Indian journal of veterinary science and animal husbandry - Volume 13,
Year: 1943
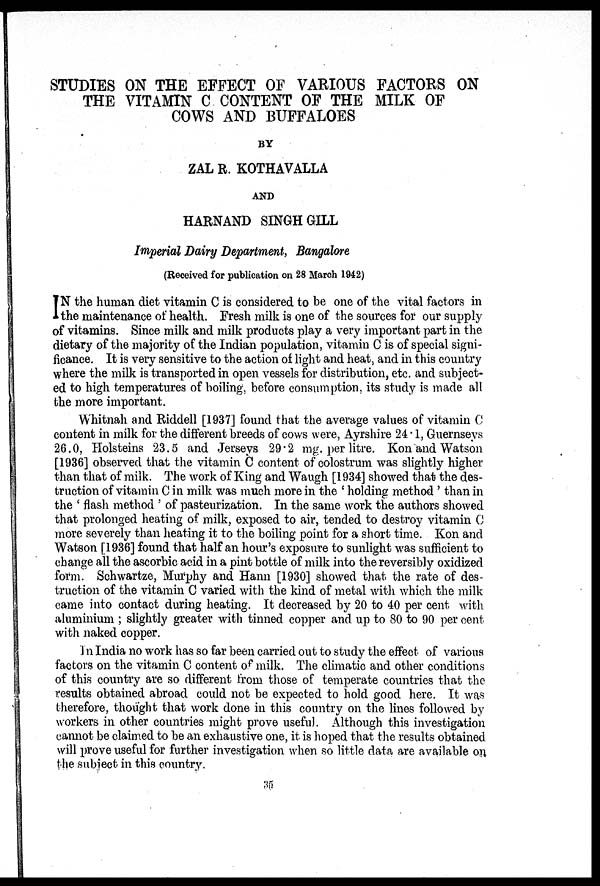
STUDIES ON THE EFFECT OF VARIOUS FACTORS ON
THE VITAMIN C CONTENT OF THE MILK OF
COWS AND BUFFALOES
BY
ZAL R. KOTHAVALLA
AND
HARNAND SINGH GILL
Imperial Dairy Department, Bangalore
(Received for publication on 28 March 1942)
I N the human diet vitamin C is considered to be one of the vital factors in
the maintenance of health. Fresh milk is one of the sources for our supply
of vitamins. Since milk and milk products play a very important part in the
dietary of the majority of the Indian population, vitamin C is of special signi-
ficance. It is very sensitive to the action of light and heat, and in this country
where the milk is transported in open vessels for distribution, etc. and subject-
ed to high temperatures of boiling, before consumption, its study is made all
the more important.
Whitnah and Riddell [1937] found that the average values of vitamin C
content in milk for the different breeds of cows were, Ayrshire 24.1, Guernseys
26.0, Holsteins 23.5 and Jerseys 29.2 mg. per litre. Kon and Watson
[1936] observed that the vitamin C content of colostrum was slightly higher
than that of milk. The work of King and Waugh [1934] showed that the des-
truction of vitamin C in milk was much more in the ' holding method' than in
the ' flash method ' of pasteurization. In the same work the authors showed
that prolonged heating of milk, exposed to air, tended to destroy vitamin C
more severely than heating it to the boiling point for a short time. Kon and
Watson [1936] found that half an hour's exposure to sunlight was sufficient to
change all the ascorbic acid in a pint bottle of milk into the reversibly oxidized
form. Schwartze, Murphy and Hann [1930] showed that the rate of des-
truction of the vitamin C varied with the kind of metal with which the milk
came into contact during heating. It decreased by 20 to 40 per cent with
aluminium ; slightly greater with tinned copper and up to 80 to 90 per cent
with naked copper.
In India no work has so far been carried out to study the effect of various
factors on the vitamin C content of milk. The climatic and other conditions
of this country are so different from those of temperate countries that the
results obtained abroad could not be expected to hold good here. It was
therefore, thought that work done in this country on the lines followed by
workers in other countries might prove useful. Although this investigation
cannot be claimed to be an exhaustive one, it is hoped that the results obtained,
will prove useful for further investigation when so little data are available on
the subject in this country.
35